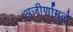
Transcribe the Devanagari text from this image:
अजीर्णामुळे